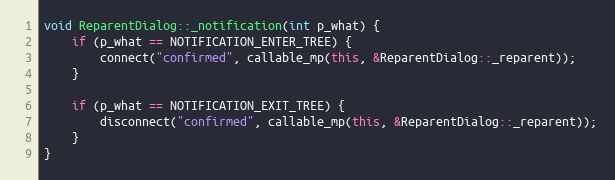
Language: C++
void ReparentDialog::_notification(int p_what) {
	if (p_what == NOTIFICATION_ENTER_TREE) {
		connect("confirmed", callable_mp(this, &ReparentDialog::_reparent));
	}

	if (p_what == NOTIFICATION_EXIT_TREE) {
		disconnect("confirmed", callable_mp(this, &ReparentDialog::_reparent));
	}
}